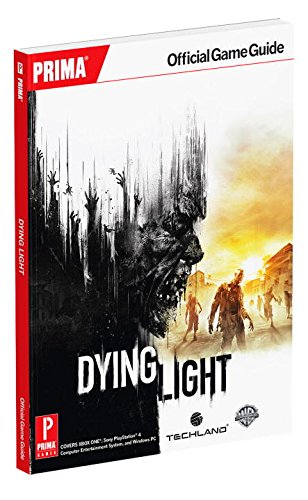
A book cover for Dying Light: Prima Official Game Guide (Prima Official Game Guides); Prima Games; Humor & Entertainment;